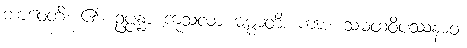
ဘာဝေတိ၊ ၏။ ဥပ္ပန္နာ ကုသလာ ဓမ္မာတိ၊ ကား။ သမထဝိပဿနာဝ၊